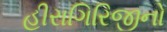
હીરાગિરિજીનો